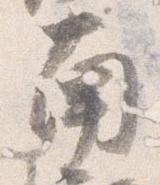
南